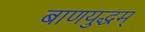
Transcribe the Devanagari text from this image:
बाणयुद्धम्